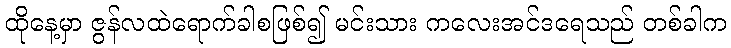
ထိုနေ့မှာ ဇွန်လထဲရောက်ခါစဖြစ်၍ မင်းသား ကလေးအင်ဒရေသည် တစ်ခါက